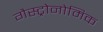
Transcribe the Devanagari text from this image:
गैस्ट्रोनोमिक